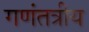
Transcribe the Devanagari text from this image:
गणंतत्रीय